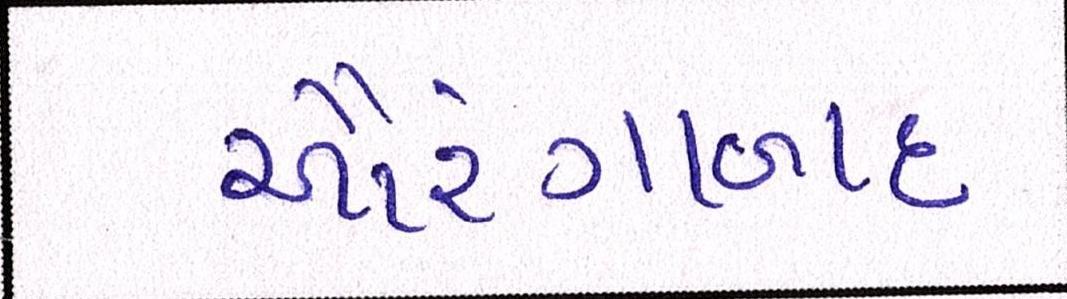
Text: ઔરંગાબાદ